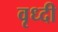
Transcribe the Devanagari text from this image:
वृध्दी